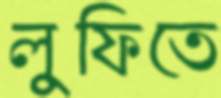
লুফিতে